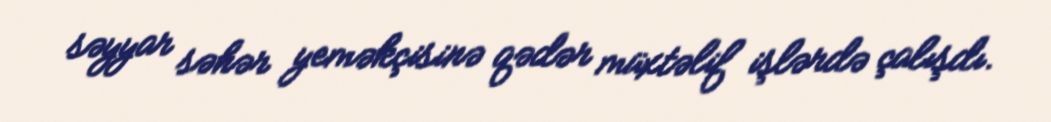
səyyar səhər yeməkçisinə qədər müxtəlif işlərdə çalışdı.